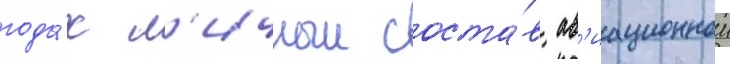
года́х л'ичныи соста́в ав'иационнои